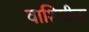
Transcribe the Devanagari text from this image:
वाशिष्ठीला